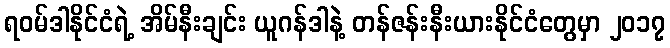
ရဝမ်ဒါနိုင်ငံရဲ့ အိမ်နီးချင်း ယူဂန်ဒါနဲ့ တန်ဇန်းနီးယားနိုင်ငံတွေမှာ ၂၀၁၇